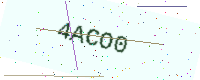
Text: 4ACO0